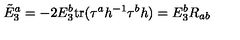
\tilde { E } _ { 3 } ^ { a } = - 2 E _ { 3 } ^ { b } \mathrm { t r } ( \tau ^ { a } h ^ { - 1 } \tau ^ { b } h ) = E _ { 3 } ^ { b } R _ { a b } \,